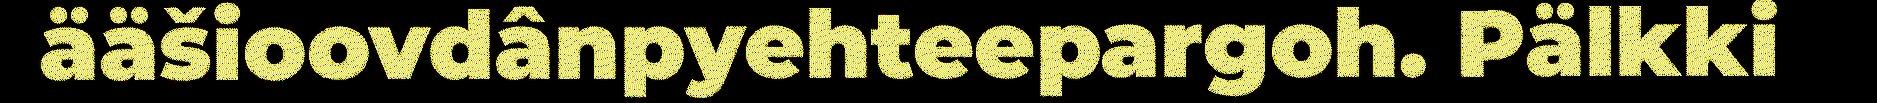
ääšioovdânpyehteepargoh. Pälkki